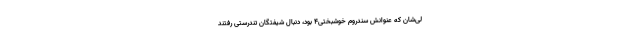
لی‌شان که عنوانش سندروم خوشبختی۴ بود، دنبال شیفتگان تندرستی رفتند